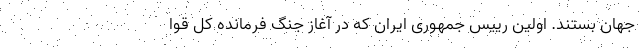
جهان بستند. اولین رییس جمهوری ایران که در آغاز جنگ فرمانده کل قوا